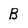
Character: B